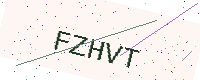
Text: FZHVT